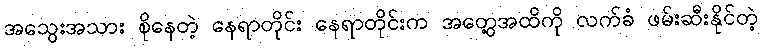
အသွေးအသား စိုနေတဲ့ နေရာတိုင်း နေရာတိုင်းက အတွေ့အထိကို လက်ခံ ဖမ်းဆီးနိုင်တဲ့